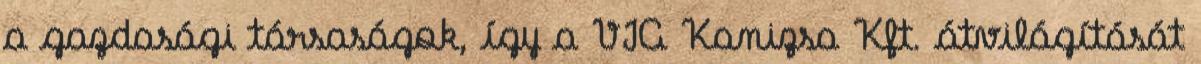
a gazdasági társaságok, így a VIA Kanizsa Kft. átvilágítását